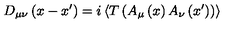
D _ { \mu \nu } \left( x - x ^ { \prime } \right) = i \left\langle T \left( A _ { \mu } \left( x \right) A _ { \nu } \left( x ^ { \prime } \right) \right) \right\rangle